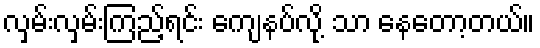
လှမ်းလှမ်းကြည့်ရင်း ကျေနပ်လို့ သာ နေတော့တယ်။